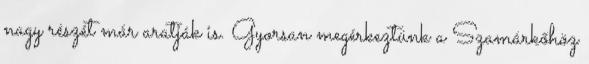
nagy részét már aratják is. Gyorsan megérkeztünk a Szamárkőhöz